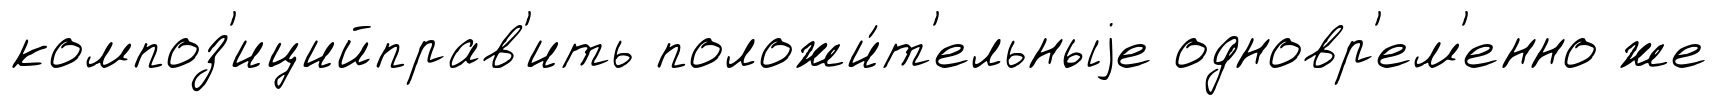
композ'ицийправ'ить положи́т'ельныjе одновр'ем'енно же